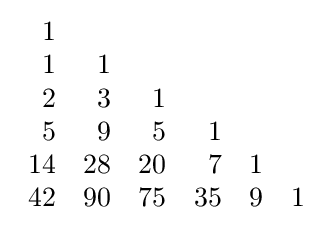
{\begin{array}{rrrrrr}1\\1&1\\2&3&1\\5&9&5&1\\14&28&20&7&1\\42&90&75&35&9&1\\\end{array}}